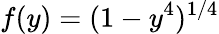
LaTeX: f(y)=(1-y^{4})^{1/4}